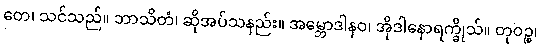
တေ၊ သင်သည်။ ဘာသိတံ၊ ဆိုအပ်သနည်း။ အမ္ဘောဒါနဝ၊ အိုဒါနောရက္ခိုသ်။ တုဝဉ္စ၊